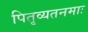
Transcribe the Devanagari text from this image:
पितृव्यतनमाः